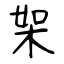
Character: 桇